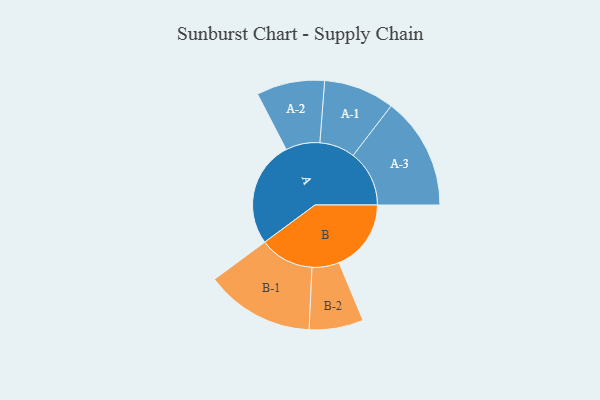
{"axis": {"x": "Segment", "y": "Value"}, "legend": ["", "A", "B"], "data": [{"x": "A", "y": 485, "type": ""}, {"x": "B", "y": 330, "type": ""}, {"x": "A-1", "y": 162, "type": "A"}, {"x": "A-2", "y": 156, "type": "A"}, {"x": "A-3", "y": 257, "type": "A"}, {"x": "B-1", "y": 249, "type": "B"}, {"x": "B-2", "y": 124, "type": "B"}]}